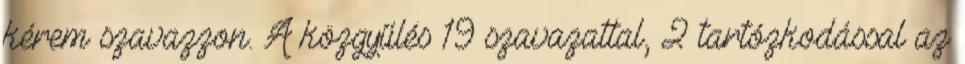
kérem szavazzon. A közgyűlés 19 szavazattal, 2 tartózkodással az